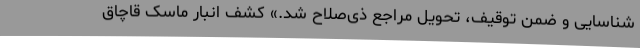
شناسایی و ضمن توقیف، تحویل مراجع ذی‌صلاح شد.» کشف انبار ماسک قاچاق